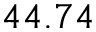
4 4 . 7 4